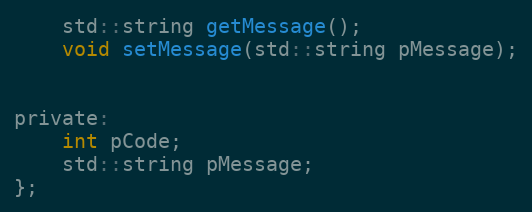
Language: C
	std::string getMessage();
	void setMessage(std::string pMessage);

private:
	int pCode;
	std::string pMessage;
};